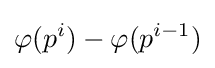
\varphi (p^{i})-\varphi (p^{i-1})